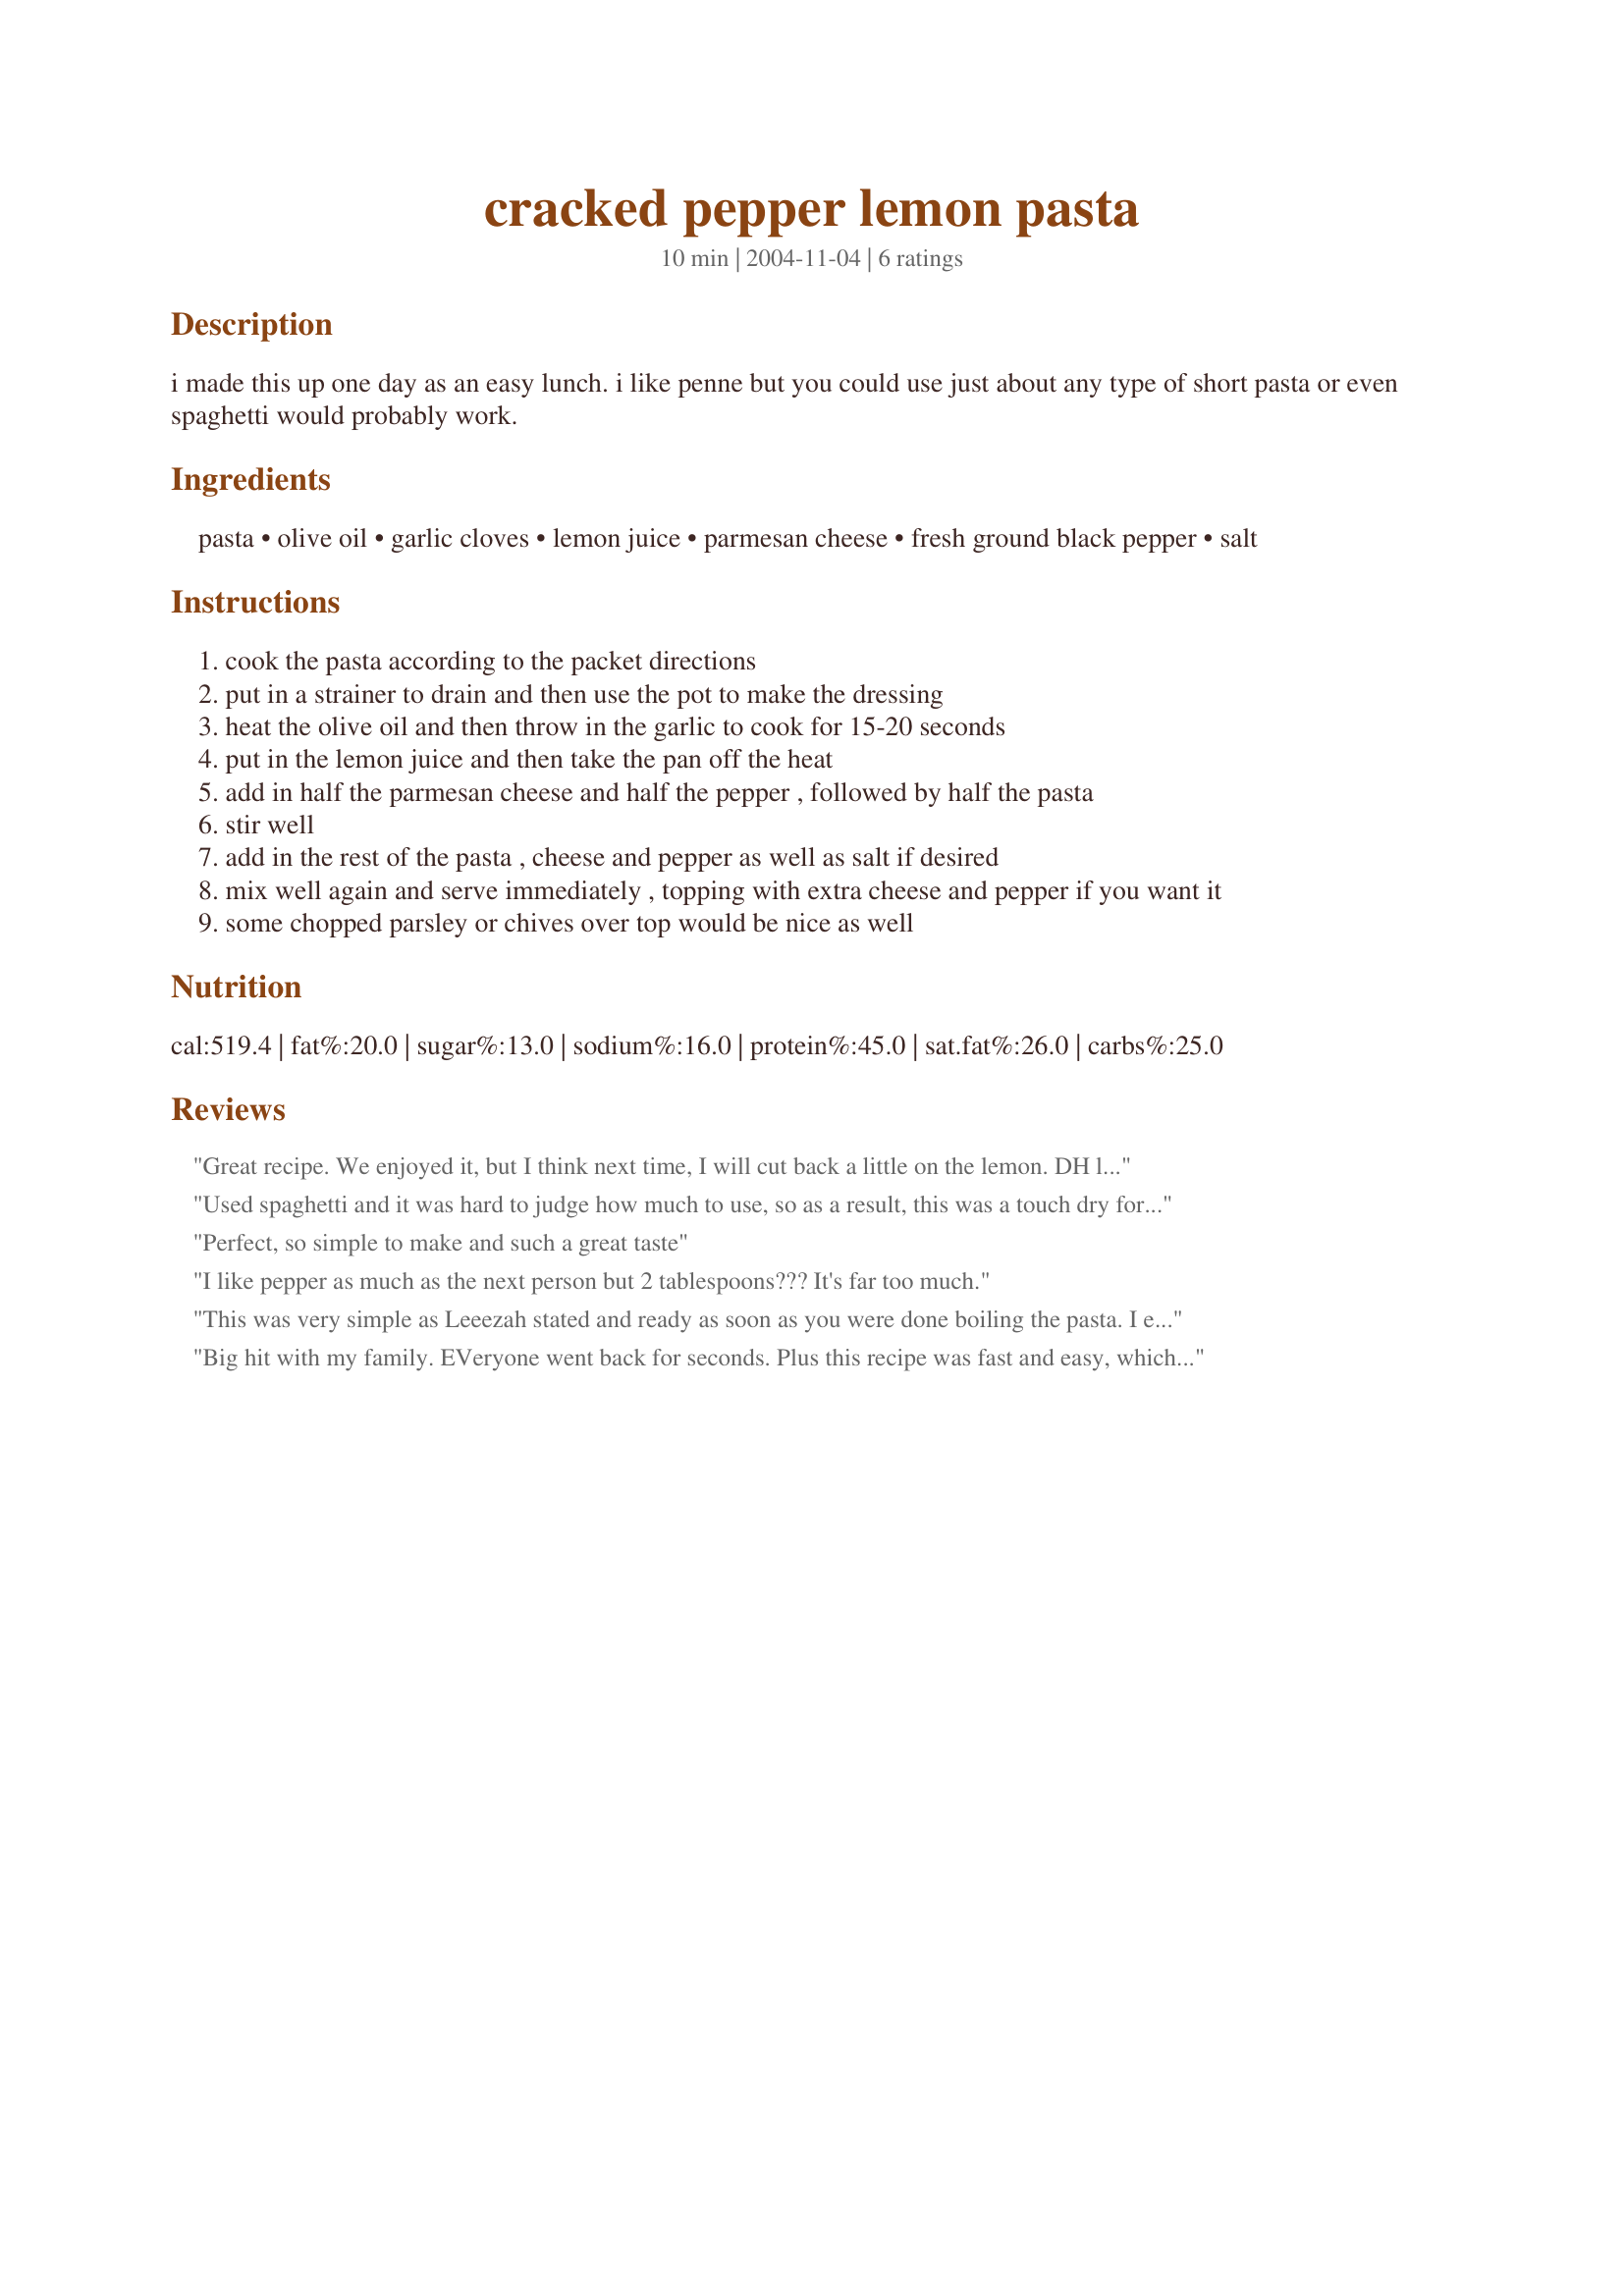
cracked pepper lemon pasta
Preparation time: 10 minutes

i made this up one day as an easy lunch. i like penne but you could use just about any type of short pasta or even spaghetti would probably work.

Ingredients:
pasta, olive oil, garlic cloves, lemon juice, parmesan cheese, fresh ground black pepper, salt

Steps:
cook the pasta according to the packet directions
put in a strainer to drain and then use the pot to make the dressing
heat the olive oil and then throw in the garlic to cook for 15-20 seconds
put in the lemon juice and then take the pan off the heat
add in half the parmesan cheese and half the pepper , followed by half the pasta
stir well
add in the rest of the pasta , cheese and pepper as well as salt if desired
mix well again and serve immediately , topping with extra cheese and pepper if you want it
some chopped parsley or chives over top would be nice as well

Reviews:
Great recipe. We enjoyed it, but I think next time, I will cut back a little on the lemon. DH loves lemon in sweets, but doesn't like but just a hint of it in his other foods...go figure!!!! Anyway, a recipe I would recommend to anyone.
Used spaghetti and it was hard to judge how much to use, so as a result, this was a touch dry for us and I added some olive oil to fix it. Totally my own fault. I really enjoyed the flavor, and I love the pepper bite this has. I didn't find the lemon too strong... thought it was perfect. I'll try this one again. Thanks for sharing. Extremely easy. Served with garlic cheese bread.
Perfect, so simple to make and such a great taste
I like pepper as much as the next person but 2 tablespoons??? It's far too much.
This was very simple as Leeezah stated and ready as soon as you were done boiling the pasta. I enjoyed the combination of the garlic and lemon juice, it gave the pasta a nice light fresh taste. Thank you for sharing this recipe we'll be using often.
Big hit with my family. EVeryone went back for seconds. Plus this recipe was fast and easy, which makes it even better to me!
